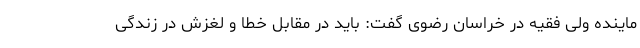
ماینده ولی فقیه در خراسان رضوی گفت: باید در مقابل خطا و لغزش در زندگی